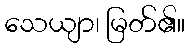
သေယျာ၊ မြတ်၏။